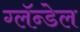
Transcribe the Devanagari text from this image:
ग्लॅन्डेल